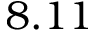
8 . 1 1